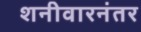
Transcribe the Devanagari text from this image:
शनीवारनंतर